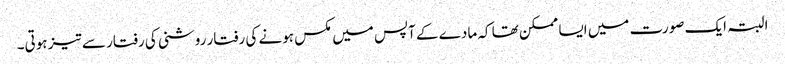
البتہ ایک صورت میں ایسا ممکن تھا کہ مادے کے آپس میں مکس ہونے کی رفتار روشنی کی رفتار سے تیز ہوتی۔